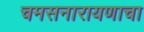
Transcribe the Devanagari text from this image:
चमसनारायणाचा